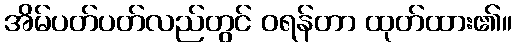
အိမ်ပတ်ပတ်လည်တွင် ဝရန်တာ ထုတ်ထား၏။